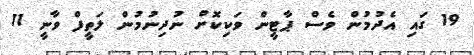
19 ގައި އެދުމުން ވެސް ޕާޓީން ވަކިކޮށް ނުދިނުމުން ލަތީފް ވާނީ 11